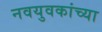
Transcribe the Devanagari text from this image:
नवयुवकांच्या